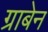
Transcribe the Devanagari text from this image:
ग्राबेन